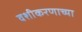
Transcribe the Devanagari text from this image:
वशीकरणाच्या